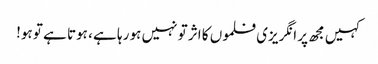
کہیں مجھ پر انگریزی فلموں کا اثر تو نہیں ہو رہا ہے ، ہوتا ہے تو ہو!